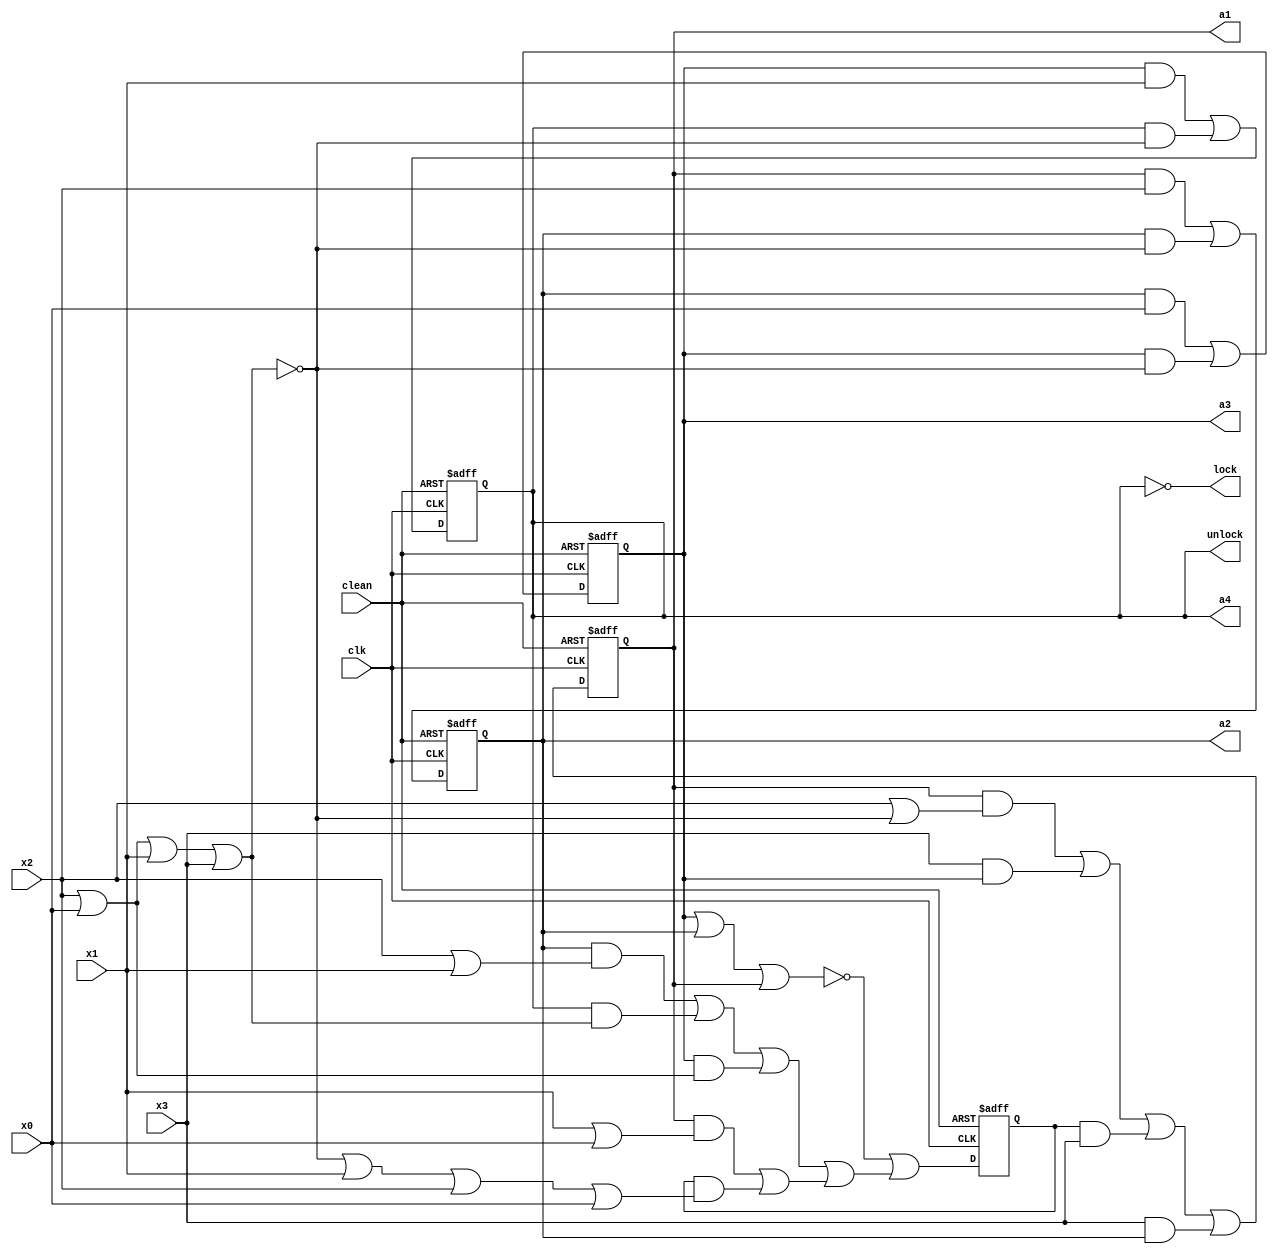
// Copyright (C) 1991-2010 Altera Corporation
// Your use of Altera Corporation's design tools, logic functions 
// and other software and tools, and its AMPP partner logic 
// functions, and any output files from any of the foregoing 
// (including device programming or simulation files), and any 
// associated documentation or information are expressly subject 
// to the terms and conditions of the Altera Program License 
// Subscription Agreement, Altera MegaCore Function License 
// Agreement, or other applicable license agreement, including, 
// without limitation, that your use is for the sole purpose of 
// programming logic devices manufactured by Altera and sold by 
// Altera or its authorized distributors.  Please refer to the 
// applicable agreement for further details.

// PROGRAM		"Quartus II"
// VERSION		"Version 10.0 Build 218 06/27/2010 SJ Web Edition"
// CREATED		"Sat Oct 05 15:41:13 2019"

module Lock(
	x0,
	x1,
	x2,
	x3,
	clk,
	clean,
	unlock,
	lock,
	a1,
	a2,
	a3,
	a4
);


input wire	x0;
input wire	x1;
input wire	x2;
input wire	x3;
input wire	clk;
input wire	clean;
output wire	unlock;
output wire	lock;
output wire	a1;
output wire	a2;
output wire	a3;
output wire	a4;

wire	SYNTHESIZED_WIRE_0;
wire	SYNTHESIZED_WIRE_1;
wire	SYNTHESIZED_WIRE_2;
wire	SYNTHESIZED_WIRE_3;
wire	SYNTHESIZED_WIRE_4;
wire	SYNTHESIZED_WIRE_36;
reg	SYNTHESIZED_WIRE_37;
reg	SYNTHESIZED_WIRE_38;
reg	SYNTHESIZED_WIRE_39;
wire	SYNTHESIZED_WIRE_6;
wire	SYNTHESIZED_WIRE_7;
reg	SYNTHESIZED_WIRE_40;
wire	SYNTHESIZED_WIRE_8;
wire	SYNTHESIZED_WIRE_9;
wire	SYNTHESIZED_WIRE_10;
wire	SYNTHESIZED_WIRE_11;
wire	SYNTHESIZED_WIRE_12;
wire	SYNTHESIZED_WIRE_13;
wire	SYNTHESIZED_WIRE_14;
wire	SYNTHESIZED_WIRE_15;
wire	SYNTHESIZED_WIRE_18;
reg	SYNTHESIZED_WIRE_41;
wire	SYNTHESIZED_WIRE_19;
wire	SYNTHESIZED_WIRE_20;
wire	SYNTHESIZED_WIRE_21;
wire	SYNTHESIZED_WIRE_22;
wire	SYNTHESIZED_WIRE_24;
wire	SYNTHESIZED_WIRE_25;
wire	SYNTHESIZED_WIRE_28;
wire	SYNTHESIZED_WIRE_29;
wire	SYNTHESIZED_WIRE_30;
wire	SYNTHESIZED_WIRE_31;
wire	SYNTHESIZED_WIRE_32;
wire	SYNTHESIZED_WIRE_33;
wire	SYNTHESIZED_WIRE_34;
wire	SYNTHESIZED_WIRE_35;

assign	unlock = SYNTHESIZED_WIRE_40;
assign	a1 = SYNTHESIZED_WIRE_39;
assign	a2 = SYNTHESIZED_WIRE_38;
assign	a3 = SYNTHESIZED_WIRE_37;
assign	a4 = SYNTHESIZED_WIRE_40;




always@(posedge clk or negedge clean)
begin
if (!clean)
	begin
	SYNTHESIZED_WIRE_41 = 0;
	end
else
	begin
	SYNTHESIZED_WIRE_41 = SYNTHESIZED_WIRE_0;
	end
end


always@(posedge clk or negedge clean)
begin
if (!clean)
	begin
	SYNTHESIZED_WIRE_39 = 0;
	end
else
	begin
	SYNTHESIZED_WIRE_39 = SYNTHESIZED_WIRE_1;
	end
end


always@(posedge clk or negedge clean)
begin
if (!clean)
	begin
	SYNTHESIZED_WIRE_38 = 0;
	end
else
	begin
	SYNTHESIZED_WIRE_38 = SYNTHESIZED_WIRE_2;
	end
end


always@(posedge clk or negedge clean)
begin
if (!clean)
	begin
	SYNTHESIZED_WIRE_37 = 0;
	end
else
	begin
	SYNTHESIZED_WIRE_37 = SYNTHESIZED_WIRE_3;
	end
end


always@(posedge clk or negedge clean)
begin
if (!clean)
	begin
	SYNTHESIZED_WIRE_40 = 0;
	end
else
	begin
	SYNTHESIZED_WIRE_40 = SYNTHESIZED_WIRE_4;
	end
end

assign	SYNTHESIZED_WIRE_34 = SYNTHESIZED_WIRE_36 | x1 | x2 | x0;

assign	SYNTHESIZED_WIRE_32 = ~(SYNTHESIZED_WIRE_37 | SYNTHESIZED_WIRE_38 | SYNTHESIZED_WIRE_39);

assign	SYNTHESIZED_WIRE_13 = SYNTHESIZED_WIRE_38 & SYNTHESIZED_WIRE_6;

assign	SYNTHESIZED_WIRE_7 = x2 | x0;

assign	SYNTHESIZED_WIRE_15 = SYNTHESIZED_WIRE_37 & SYNTHESIZED_WIRE_7;

assign	SYNTHESIZED_WIRE_14 = SYNTHESIZED_WIRE_40 & SYNTHESIZED_WIRE_8;

assign	SYNTHESIZED_WIRE_12 = SYNTHESIZED_WIRE_9 | SYNTHESIZED_WIRE_10;

assign	SYNTHESIZED_WIRE_33 = SYNTHESIZED_WIRE_11 | SYNTHESIZED_WIRE_12;

assign	SYNTHESIZED_WIRE_11 = SYNTHESIZED_WIRE_13 | SYNTHESIZED_WIRE_14 | SYNTHESIZED_WIRE_15;

assign	SYNTHESIZED_WIRE_18 = x2 | SYNTHESIZED_WIRE_36;

assign	SYNTHESIZED_WIRE_8 =  ~SYNTHESIZED_WIRE_36;

assign	SYNTHESIZED_WIRE_19 = SYNTHESIZED_WIRE_39 & SYNTHESIZED_WIRE_18;

assign	SYNTHESIZED_WIRE_22 = x3 & SYNTHESIZED_WIRE_38;

assign	SYNTHESIZED_WIRE_20 = x3 & SYNTHESIZED_WIRE_37;

assign	SYNTHESIZED_WIRE_21 = SYNTHESIZED_WIRE_41 & x3;

assign	SYNTHESIZED_WIRE_1 = SYNTHESIZED_WIRE_19 | SYNTHESIZED_WIRE_20 | SYNTHESIZED_WIRE_21 | SYNTHESIZED_WIRE_22;

assign	SYNTHESIZED_WIRE_25 = SYNTHESIZED_WIRE_38 & SYNTHESIZED_WIRE_36;

assign	SYNTHESIZED_WIRE_24 = SYNTHESIZED_WIRE_39 & x2;

assign	SYNTHESIZED_WIRE_2 = SYNTHESIZED_WIRE_24 | SYNTHESIZED_WIRE_25;

assign	SYNTHESIZED_WIRE_29 = SYNTHESIZED_WIRE_37 & SYNTHESIZED_WIRE_36;

assign	SYNTHESIZED_WIRE_28 = SYNTHESIZED_WIRE_38 & x0;

assign	SYNTHESIZED_WIRE_31 = SYNTHESIZED_WIRE_40 & SYNTHESIZED_WIRE_36;

assign	SYNTHESIZED_WIRE_30 = SYNTHESIZED_WIRE_37 & x1;

assign	SYNTHESIZED_WIRE_3 = SYNTHESIZED_WIRE_28 | SYNTHESIZED_WIRE_29;

assign	SYNTHESIZED_WIRE_4 = SYNTHESIZED_WIRE_30 | SYNTHESIZED_WIRE_31;

assign	SYNTHESIZED_WIRE_0 = SYNTHESIZED_WIRE_32 | SYNTHESIZED_WIRE_33;

assign	lock =  ~SYNTHESIZED_WIRE_40;

assign	SYNTHESIZED_WIRE_10 = SYNTHESIZED_WIRE_41 & SYNTHESIZED_WIRE_34;

assign	SYNTHESIZED_WIRE_35 = x1 | x0;

assign	SYNTHESIZED_WIRE_9 = SYNTHESIZED_WIRE_39 & SYNTHESIZED_WIRE_35;

assign	SYNTHESIZED_WIRE_6 = x2 | x1;

assign	SYNTHESIZED_WIRE_36 = ~(x0 | x2 | x1 | x3);


endmodule